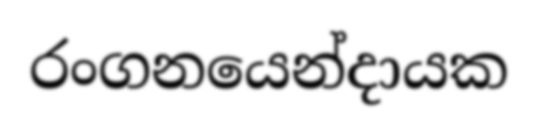
රංගනයෙන්දායක